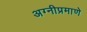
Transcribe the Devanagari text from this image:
अग्नीप्रमाणे